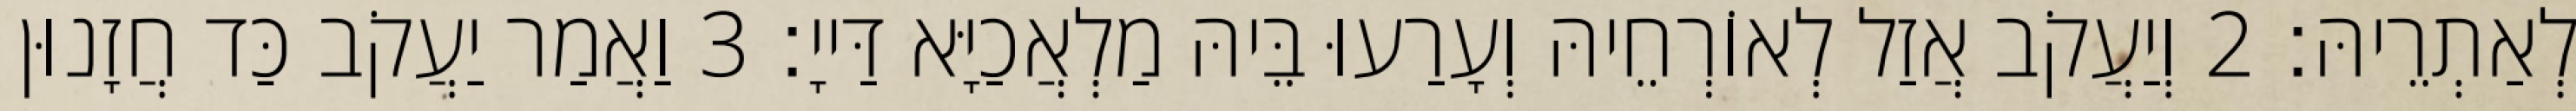
לְאַתְרֵיהּ׃ 2 וְיַעֲקֹב אֲזַל לְאוֹרְחֵיהּ וְעָרַעוּ בֵּיהּ מַלְאֲכַיָּא דַּייָ׃ 3 וַאֲמַר יַעֲקֹב כַּד חֲזָנוּן